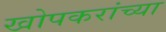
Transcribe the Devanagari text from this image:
खोपकरांच्या